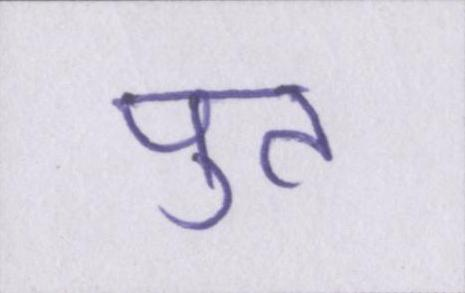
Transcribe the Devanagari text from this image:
पुत